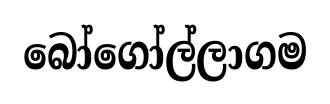
බෝගෝල්ලාගම